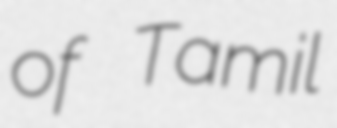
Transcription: of Tamil